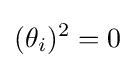
(\theta _{i})^{2}=0